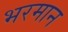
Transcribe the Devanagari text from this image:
भरमान